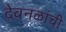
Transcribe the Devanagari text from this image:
देवनळांची